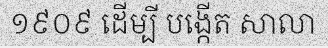
១៩០៩ ដើម្បី បង្កើត សាលា